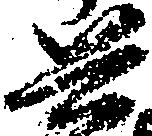
兵